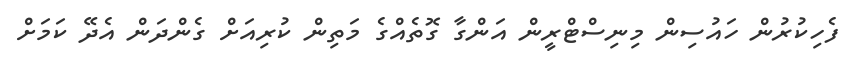
ފެހިކުރުން ހައުސިން މިނިސްޓްރީން އަންގާ ގޮތެއްގެ މަތިން ކުރިއަށް ގެންދަން އެދޭ ކަމަށް